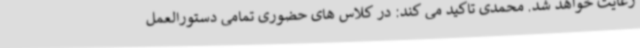
رعایت خواهد شد. محمدی تاکید می کند: در کلاس های حضوری تمامی دستورالعمل